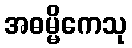
အဓမ္မိကေသု